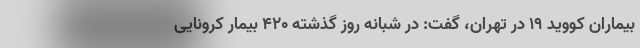
بیماران کووید ۱۹ در تهران، گفت: در شبانه روز گذشته ۴۲۰ بیمار کرونایی